Annual administration and progress report of the Indian Medical Department, Bombay
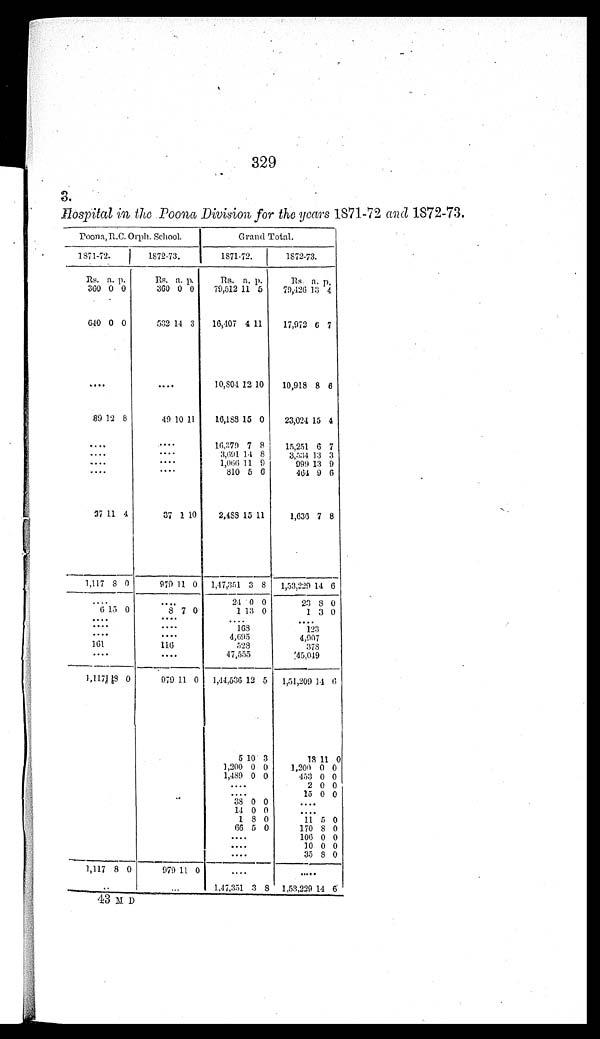
329
3.
Hospital in the Poona Division for the years 1871-72 and 1872-73.
Poona, R.C. Orph. School.
Grand Total.
1871-72.
1872-73.
1871-72.
1872-73.
Rs. a. p.
Rs. a. p.
Rs. a. p.
Rs. a. p.
360 0 0
360 0 0
79,512 11 5
79,426 13 4
640 0 0
532 14 3
16,407 4 11
17,972 6 7
. . .
. . .
10,804 12 10
10,918 8
6
89 12 8
49 10 11
16,188 15 0
23,024 15 4
. . .
. . .
16.379 7 8
15,251 6 7
. . .
. . .
3,691 14 8
3,534 13 3
. . .
. . .
1,066
1 1 9
999 13 9
. . .
. . .
810 5 0
464 9 6
37 11 4
37
1 10
2,488 15 11
1,636 7 8
1,117 8 0
979
1 1 0
1,47,351 3 8
1,53,229 14
6
. . .
. . .
24 0 0
23
8 0
6 15 0
8 7 0
1 13 0
1 3 0
. . .
. . .
. . .
. . .
. . .
. . .
168
123
. . .
. . .
4,695
4,907
161
116
528
378
. . .
. . .
47,555
45,049
1, 117<illegible> < i l l e g i b l e > 8 0
9 7 9
11 0
1,44,536 12 5
1,51,209 14
6
5 10 3
18 1 1 0
1,200 0 0
1,200 0 0
1,489 0 0
453 0 0
. . .
2 0 0
. . .
15 0 0
38 0 0
. . .
14 0
0
. . .
1 8 0
11 5 0
66 5 0
170
8 0
. . .
106 0 0
. . .
1 0 0 0
. . .
35
8 0
1,117 8 0
9 7 9
11 0
. . .
. . .
. . . . . . 1,47,351 3 8
1,53,229 14 6
43 M D